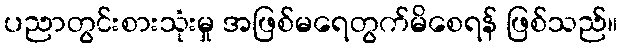
ပညာတွင်းစားသုံးမှု အဖြစ်မရေတွက်မိစေရန် ဖြစ်သည်။